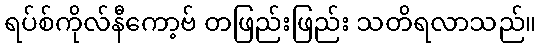
ရပ်စ်ကိုလ်နီကော့ဗ် တဖြည်းဖြည်း သတိရလာသည်။